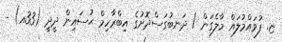
ޏ. ފުވައްމުލައް މާލެގަން / ދަނބުގަސްދޮށުގެ އިބްރާހިމް ޙުސައިން ދީދީ (33އ) -